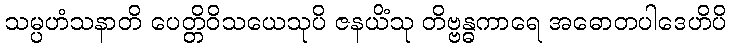
သမ္ပဟံသနာတိ ပေတ္တိဝိသယေသုပိ ဇနယိံသု တိဗ္ဗန္ဓကာရေ အဓောတပါဒေဟိပိ